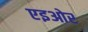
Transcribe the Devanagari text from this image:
एइओर